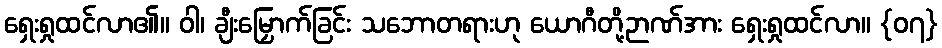
ရှေးရှုထင်လာ၏။ ဝါ၊ ချီးမြှောက်ခြင်း သဘောတရားဟု ယောဂီတို့ဉာဏ်အား ရှေးရှုထင်လာ။ {၀၇}